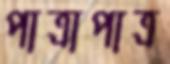
পাত্রাপাত্র